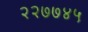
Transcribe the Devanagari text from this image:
२२७७४५